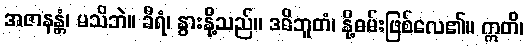
အဇာနန္တံ၊ မသိဘဲ။ ခီရံ၊ နွားနို့သည်။ ဒဓိဘူတံ၊ နို့ဓမ်းဖြစ်လေ၏။ ဣတိ၊